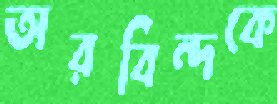
অরবিন্দকে